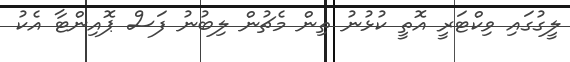
ލީގުގައި ވިކްޓަރީ އޮތީ ކުޅުނު ތިން މެޗުން ލިބުނު ފަސް ޕޮއިންޓާ އެކު